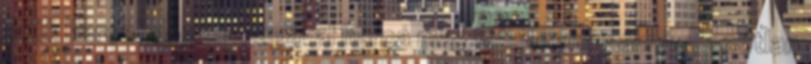
örök harca. Hozza magával harca magvát: Tegnap álmos, szótlan